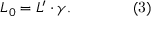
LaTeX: L _ { 0 } = L ^ { \prime } \cdot \gamma . \qquad \qquad { \mathrm { ( 3 ) } }